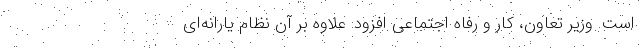
است. وزیر تعاون، کار و رفاه اجتماعی افزود: علاوه بر آن نظام یارانه‌ای